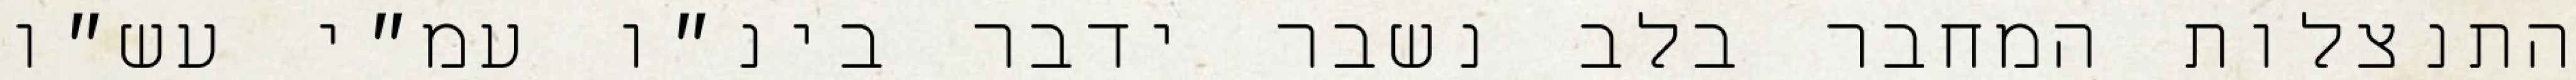
התנצלות המחבר בלב נשבר ידבר בינ״ו עמ״י עש״ו